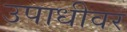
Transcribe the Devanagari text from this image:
उपाधीवर